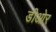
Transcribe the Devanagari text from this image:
डीओर